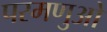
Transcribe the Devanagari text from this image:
परमणुओ